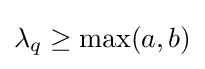
\lambda _{q}\geq \mathrm {max} (a,b)